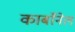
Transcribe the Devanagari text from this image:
कार्बाॅनेल